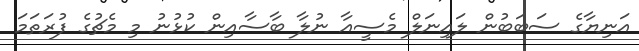
އަނިޔާގެ ސަބަބުން ލައިނަލް މެސީއާ ނުލާ ބާސާއިން ކުޅުނު މި މެޗުގެ ފުރަތަމަ